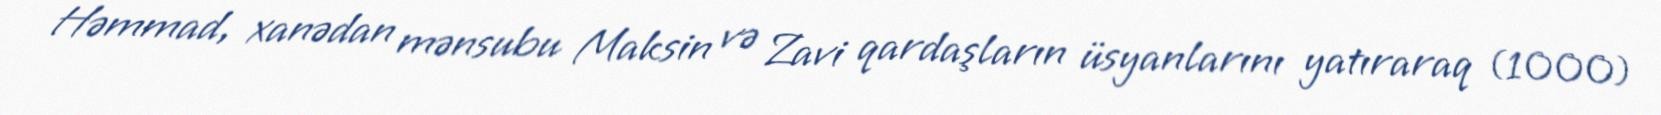
Həmmad, xanədan mənsubu Maksin və Zavi qardaşların üsyanlarını yatıraraq (1000)